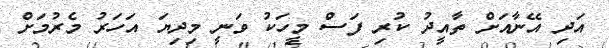
އަދި އޭނާއަށް ތާއީދު ކުރި ފަސް މީހަކު ވަނީ މިދިޔަ އަހަރު މެރުމަށް